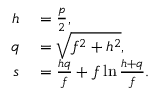
\begin{array} { r l } { h } & { { } = { \frac { p } { 2 } } , } \\ { q } & { { } = { \sqrt { f ^ { 2 } + h ^ { 2 } } } , } \\ { s } & { { } = { \frac { h q } { f } } + f \ln { \frac { h + q } { f } } . } \end{array}